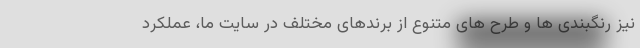
نیز رنگبندی ها و طرح های متنوع از برندهای مختلف در سایت ما، عملکرد